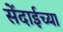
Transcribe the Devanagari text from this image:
सेंदाईच्या